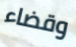
وقضاء